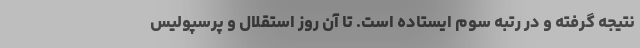
نتیجه گرفته و در رتبه سوم ایستاده است. تا آن روز استقلال و پرسپولیس